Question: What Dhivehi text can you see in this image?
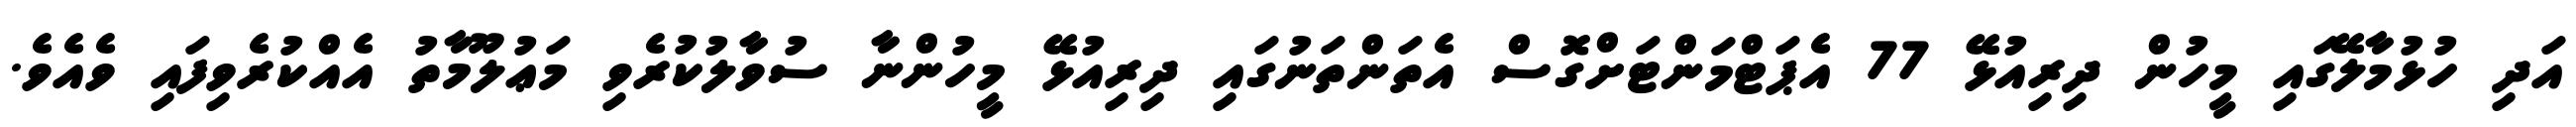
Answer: އަދި ހުޅުމާލޭގައި މީހުން ދިރިއުޅޭ 77 އެޕަޓްމަންޓަށްގޮސް އެތަންތަނުގައި ދިރިއުޅޭ މީހުންނާ ސުވާލުކުރެވި މަޢުލޫމާތު އެއްކުރެވިފައި ވެއެވެ.